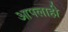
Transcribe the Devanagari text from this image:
आपलाही